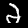
Digit: 2